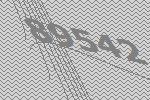
89542